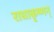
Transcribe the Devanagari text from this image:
राधाकृष्णन्‌